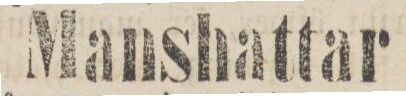
Manshattar